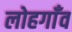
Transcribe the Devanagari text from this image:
लोहगाँव